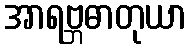
အာရဗ္ဘဓာတုယာ